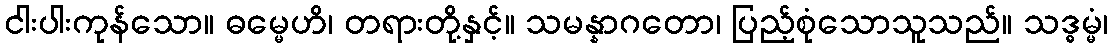
ငါးပါးကုန်သော။ ဓမ္မေဟိ၊ တရားတို့နှင့်။ သမန္နာဂတော၊ ပြည့်စုံသောသူသည်။ သဒ္ဓမ္မံ၊